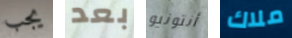
يجب بعد أنتونيو ملاك